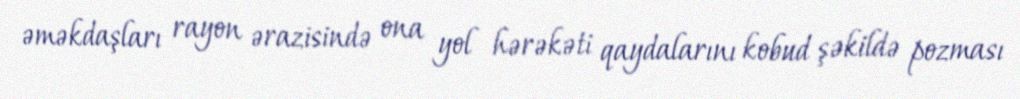
əməkdaşları rayon ərazisində ona yol hərəkəti qaydalarını kobud şəkildə pozması